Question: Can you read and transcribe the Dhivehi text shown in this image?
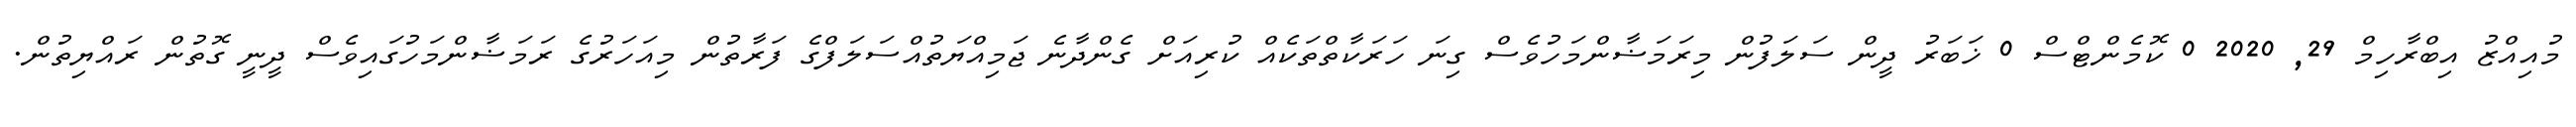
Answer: މުއިއްޒު އިބްރާހިމް 29, 2020 0 ކޮމެންޓްސް 0 ޚަބަރު ދީން ސަލަފުން މިރަމަޟާންމަހުވެސް ގިނަ ހަރަކާތްތަކެއް ކުރިއަށް ގެންދާނެ ޖަމިއްޔަތުއްސަލަފްގެ ފަރާތުން މިއަހަރުގެ ރަމަޟާންމަހުގައިވެސް ދީނީ ގޮތުން ރައްޔިތުން.